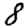
Digit: 8